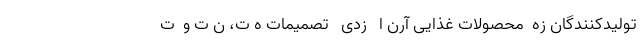
تولیدکنندگان زه  محصولات غذایی آرن ا   زدی   تصمیمات ه ت، ن ت و  ت